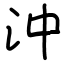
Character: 沖